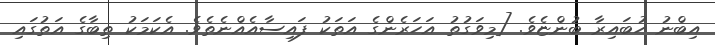
އިބްނު ހުބައިރާ ބުންޏެވެ. [މިވަގުތު އަހަރެންގެ އަތަކު ފައިސާއެއްނެތެވެ. އެކަމަކު ތިބާގެ އަތުގައި